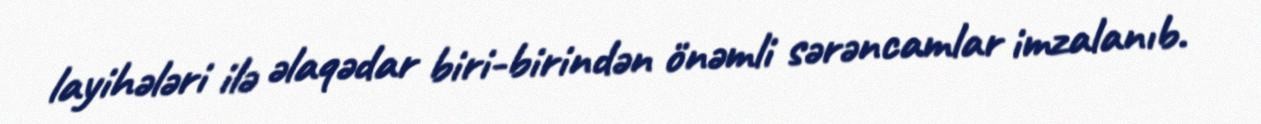
layihələri ilə əlaqədar biri-birindən önəmli sərəncamlar imzalanıb.